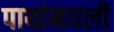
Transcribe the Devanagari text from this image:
पायांमधली